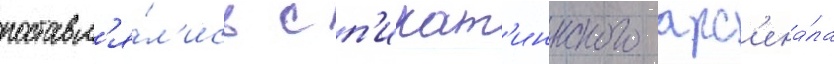
поставл'я́л'ись с п'икат'иннского арс'ена́ла